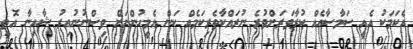
އެކަމަކު އެއީ ސަމާސާއެއް ކުރާވަރަށްވުރެ ނުރައްކާތެރިކަމެއް ކަން އެމީހުންނަށް ވިސްނުނުއިރު ޝާއިނާ އޮތީ